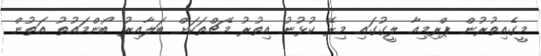
މީގެއިތުރުން ޕްރިމިއާ ލީގުގައި މިރޭ ކުޅުނު އިތުރު މެޗްތަކަށް ބަލާއިރު ބޯންމައުތު އަތުން